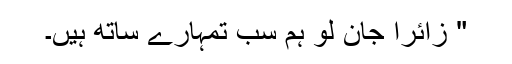
" زائرا جان لو ہم سب تمہارے ساتھ ہیں۔